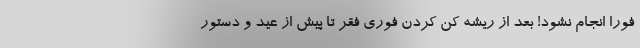
فورا انجام نشود! بعد از ریشه کن کردن فوری فقر تا پیش از عید و دستور